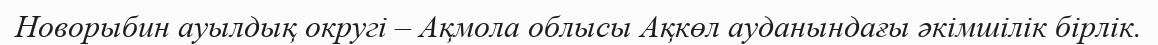
Новорыбин ауылдық округі – Ақмола облысы Ақкөл ауданындағы әкімшілік бірлік.